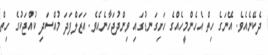
ދެކޭނެއެވެ. އޭނަގެ ހިތް އެހެންމީހެއްގެ ހަށިގަނޑުގައި ވިންދުޖަހާނެއެވެ. އަޒަލްފަދަ މުއްސަދި ކުއްޖަކުގެ ހިތް